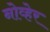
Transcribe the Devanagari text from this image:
नोव्हेर